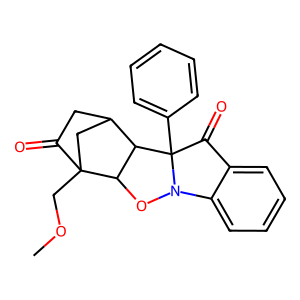
SMILES: COCC12CC(CC1=O)C1C2ON2c3ccccc3C(=O)C12c1ccccc1
Inhibits HIV replication: No